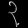
Digit: ၃